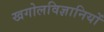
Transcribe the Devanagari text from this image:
खगोलविज्ञानियों